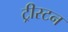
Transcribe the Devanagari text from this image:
ट्रीस्टन